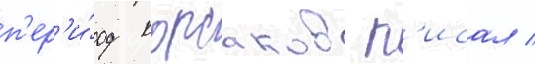
п'ер'и́од корсаков п'исал /